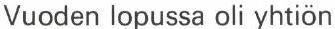
Vuoden lopussa oli yhtiön